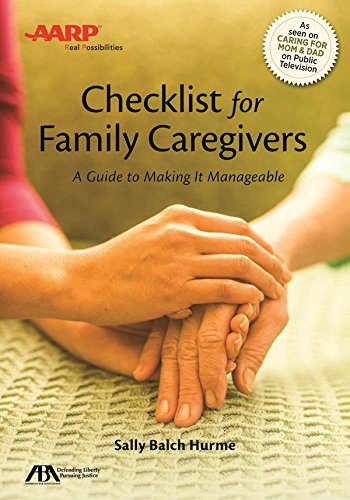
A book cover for ABA/AARP Checklist for Family Caregivers: A Guide to Making it Manageable; Sally Balch Hurme; Parenting & Relationships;